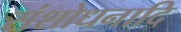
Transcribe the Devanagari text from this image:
संशोधनादि